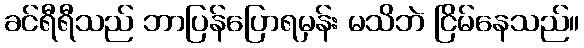
ခင်ရီရီသည် ဘာပြန်ပြောရမှန်း မသိဘဲ ငြိမ်နေသည်။